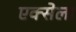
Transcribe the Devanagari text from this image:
एक्सेला